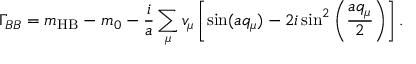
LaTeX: \Gamma _ { B B } = m _ { \mathrm { H B } } - m _ { 0 } - \frac { i } { a } \sum _ { \mu } { v _ { \mu } } \left[ \sin ( a q _ { \mu } ) - 2 i \sin ^ { 2 } \left( \frac { a q _ { \mu } } { 2 } \right) \right] .